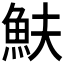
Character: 𩵩